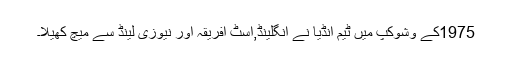
1975کے وشوکپ میں ٹیم انڈیا نے انگلینڈ,اسٹ افریقہ اور نیوزی لینڈ سے میچ کھیلا۔